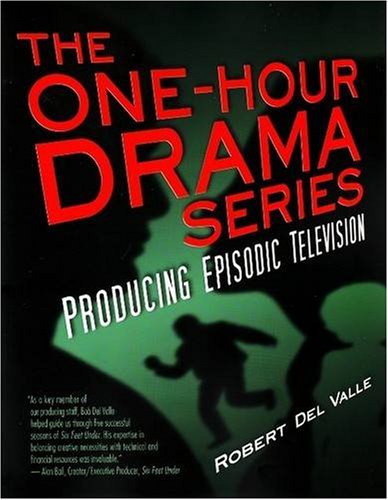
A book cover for The One-Hour Drama Series: Producing Episodic Television; Robert Del Valle; Humor & Entertainment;